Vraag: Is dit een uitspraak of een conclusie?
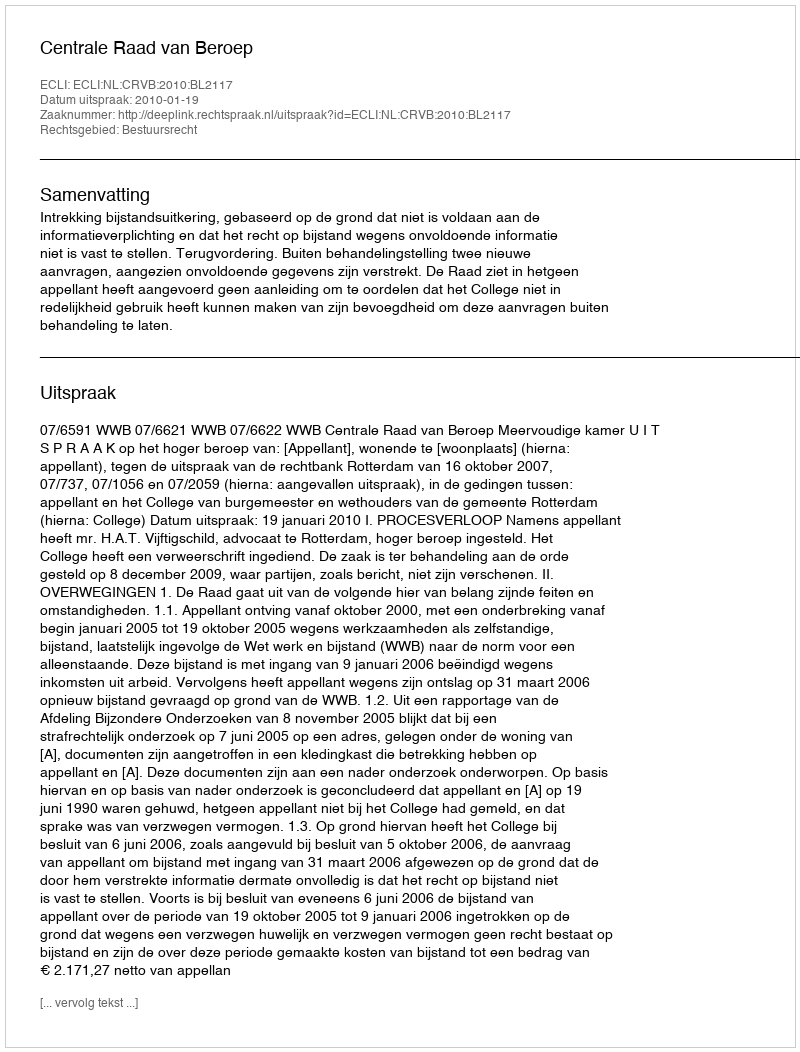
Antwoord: Uitspraak